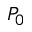
P _ { 0 }